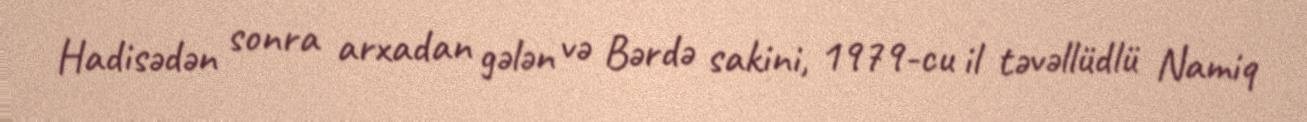
Hadisədən sonra arxadan gələn və Bərdə sakini, 1979-cu il təvəllüdlü Namiq